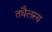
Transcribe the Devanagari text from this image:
तथैलस्य